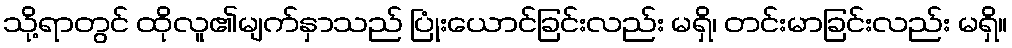
သို့ရာတွင် ထိုလူ၏မျက်နှာသည် ပြုံးယောင်ခြင်းလည်း မရှိ၊ တင်းမာခြင်းလည်း မရှိ။